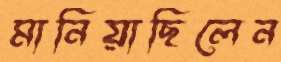
মানিয়াছিলেন